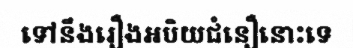
ទៅនឹងរឿងអបិយជំនឿនោះទេ